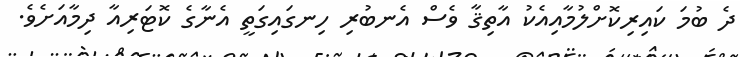
ދެ ބުމަ ކައިރިކޮށްލުމާއިއެކު އާތިޤާ ވެސް އެނބުރި ހިނގައިގަތީ އެނާގެ ކޮޓަރިއާ ދިމާއަށެވެ.